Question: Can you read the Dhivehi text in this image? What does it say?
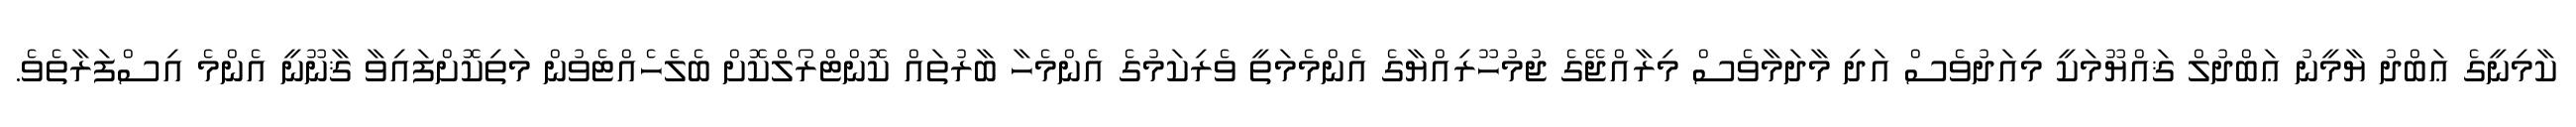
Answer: ކާމިނީގެ ޢަބްދު ޔާމީނު ޢަބްދުލް ޤައްޔޫމަކީ މިއަދުވެސް އަދި މާދަމާވެސް މިރާއްޖޭގެ ޖުމުހޫރިއްޔާގެ އެންމެމަތީ ވެރިކަމުގެ އެންމެހާ ބާރުތައް ކޮންޓްރޯލްކޮށް ބެލެހެއްޓެވުން މަތިކޮށްފައިވާ ޤާނޫނީ އެންމެ އިސްފަރާތެވެ.